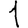
Digit: 1